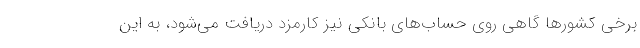
برخی کشورها گاهی روی حساب‌های بانکی نیز کارمزد دریافت می‌شود، به این